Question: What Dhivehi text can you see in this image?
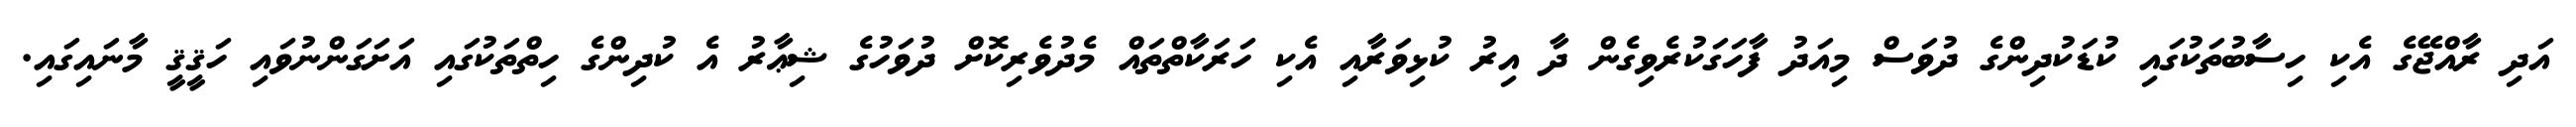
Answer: އަދި ރާއްޖޭގެ އެކި ހިސާބުތަކުގައި ކުޑަކުދިންގެ ދުވަސް މިއަދު ފާހަގަކުރެވިގެން ދާ އިރު ކުޅިވަރާއި އެކި ހަރަކާތްތައް މެދުވެރިކޮށް ދުވަހުގެ ޝިޢާރު އެ ކުދިންގެ ހިތްތަކުގައި އަށަގަންނުވައި ހަޤީޤީ މާނައިގައި.